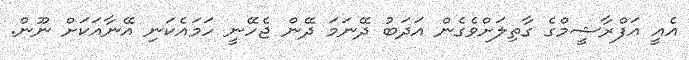
އެއީ އަފްރާޝީމްގެ ގާތިލަށްވެގެން އަދަބު ދޭނަމަ ދޭން ޖެހޭނީ ހަމައެކަނި އޭނާއަކަށް ނޫން.